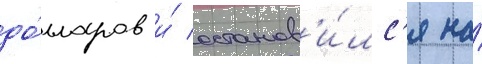
до́лларов и́ останов'и́лс'я на́